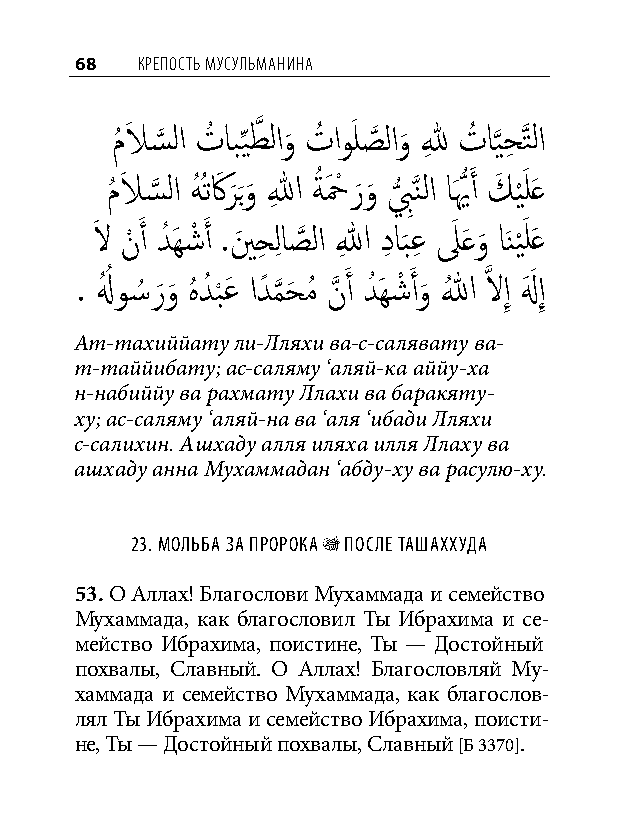
68  КреПость мусульманина
 مُ لاَ س
 َّذ
 لا تُ اب ِّيطَّذ لاو
 َ
 تُ اوَ لصَّذ لاو
 َ
 للهِ تُ ا َّذيحِ َّذتلا
 مُ لاَ س
 َّذ
 لا هُ ُتكَر
 َ
 َبو
 َ
 اللهِ ةُ حَ ْ ر َو
 َ
 ب
 ُّ
 َِّذنلا اَيُّ َ أ كَ ي َْ لَع
 لاَ نْ َ أ دُ َهشْ َ أ .ينَ حِ لِ اصَّذ لا اللهِ دِ اب
 َ
 عِ لَ َعو
 َ
 اَني َْ لَع
 . لهُ ُ و�ُ ر َو
 َ
 هُ دُ ب
 ْ
 عَ ادً م
 َّذ
 حَ مُ نَّذ َ أ دُ َهشْ َ أو
 َ
 اللهُ َّذ لاإِ لهَ َ إِ
 Ат-тахиййату ли-Лляхи ва-с-салявату ва-
 т-таййибату; ас-саляму ‘аляй-ка аййу-ха
 н-набиййу ва рахмату Ллахи ва баракяту-
 ху; ас-саляму ‘аляй-на ва ‘аля ‘ибади Лляхи
 с-салихин. Ашхаду алля иляха илля Ллаху ва
 ашхаду анна Мухаммадан ‘абду-ху ва расулю-ху.
 23. мольба за пророка r поСле ташаххуда
 53. О Аллах! Благослови Мухаммада и семейство
 Мухаммада, как благословил Ты Ибрахима и се-
 мейство Ибрахима, поистине, Ты — Достойный
 похвалы, Славный. О Аллах! Благословляй Му-
 хаммада и семейство Мухаммада, как благослов-
 лял Ты Ибрахима и семейство Ибрахима, поисти-
 не, Ты — Достойный похвалы, Славный [Б 3370].